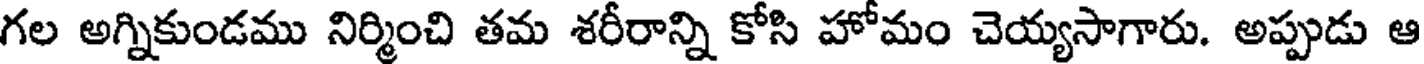
గల అగ్నికుండము నిర్మించి తమ శరీరాన్ని కోసి హోమం చెయ్యసాగారు. అప్పుడు ఆ